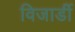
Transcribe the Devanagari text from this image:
विजार्डी